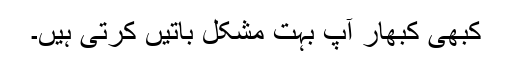
کبھی کبھار آپ بہت مشکل باتیں کرتی ہیں۔